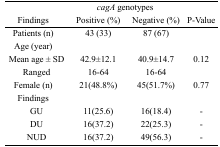
<table><thead><tr><td rowspan="2"><b>Findings</b></td><td colspan="2"><b><i>cagA</i> genotypes</b></td><td rowspan="2"><b>P-Value</b></td></tr><tr><td><b>Positive (%)</b></td><td><b>Negative (%)</b></td></tr></thead><tbody><tr><td>Patients (n)</td><td>43 (33)</td><td>87 (67)</td><td></td></tr><tr><td>Age (year)</td><td></td><td></td><td></td></tr><tr><td>Mean age ± SD</td><td>42.9±12.1</td><td>40.9±14.7</td><td>0.12</td></tr><tr><td>Ranged</td><td>16–64</td><td>16–64</td><td></td></tr><tr><td>Female (n)</td><td>21(48.8%)</td><td>45(51.7%)</td><td>0.77</td></tr><tr><td>Findings</td><td></td><td></td><td></td></tr><tr><td>GU</td><td>11(25.6)</td><td>16(18.4)</td><td>-</td></tr><tr><td>DU</td><td>16(37.2)</td><td>22(25.3)</td><td>-</td></tr><tr><td>NUD</td><td>16(37.2)</td><td>49(56.3)</td><td>-</td></tr></tbody></table>